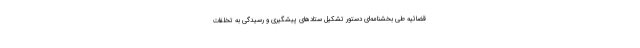
قضائیه طی بخشنامه‌ای دستور تشکیل ستادهای پیشگیری و رسیدگی به تخلفات